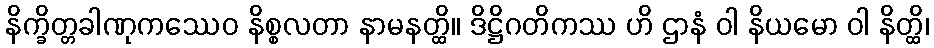
နိက္ခိတ္တခါဏုကဿေဝ နိစ္စလတာ နာမနတ္ထိ။ ဒိဋ္ဌိဂတိကဿ ဟိ ဌာနံ ဝါ နိယမော ဝါ နိတ္ထိ၊